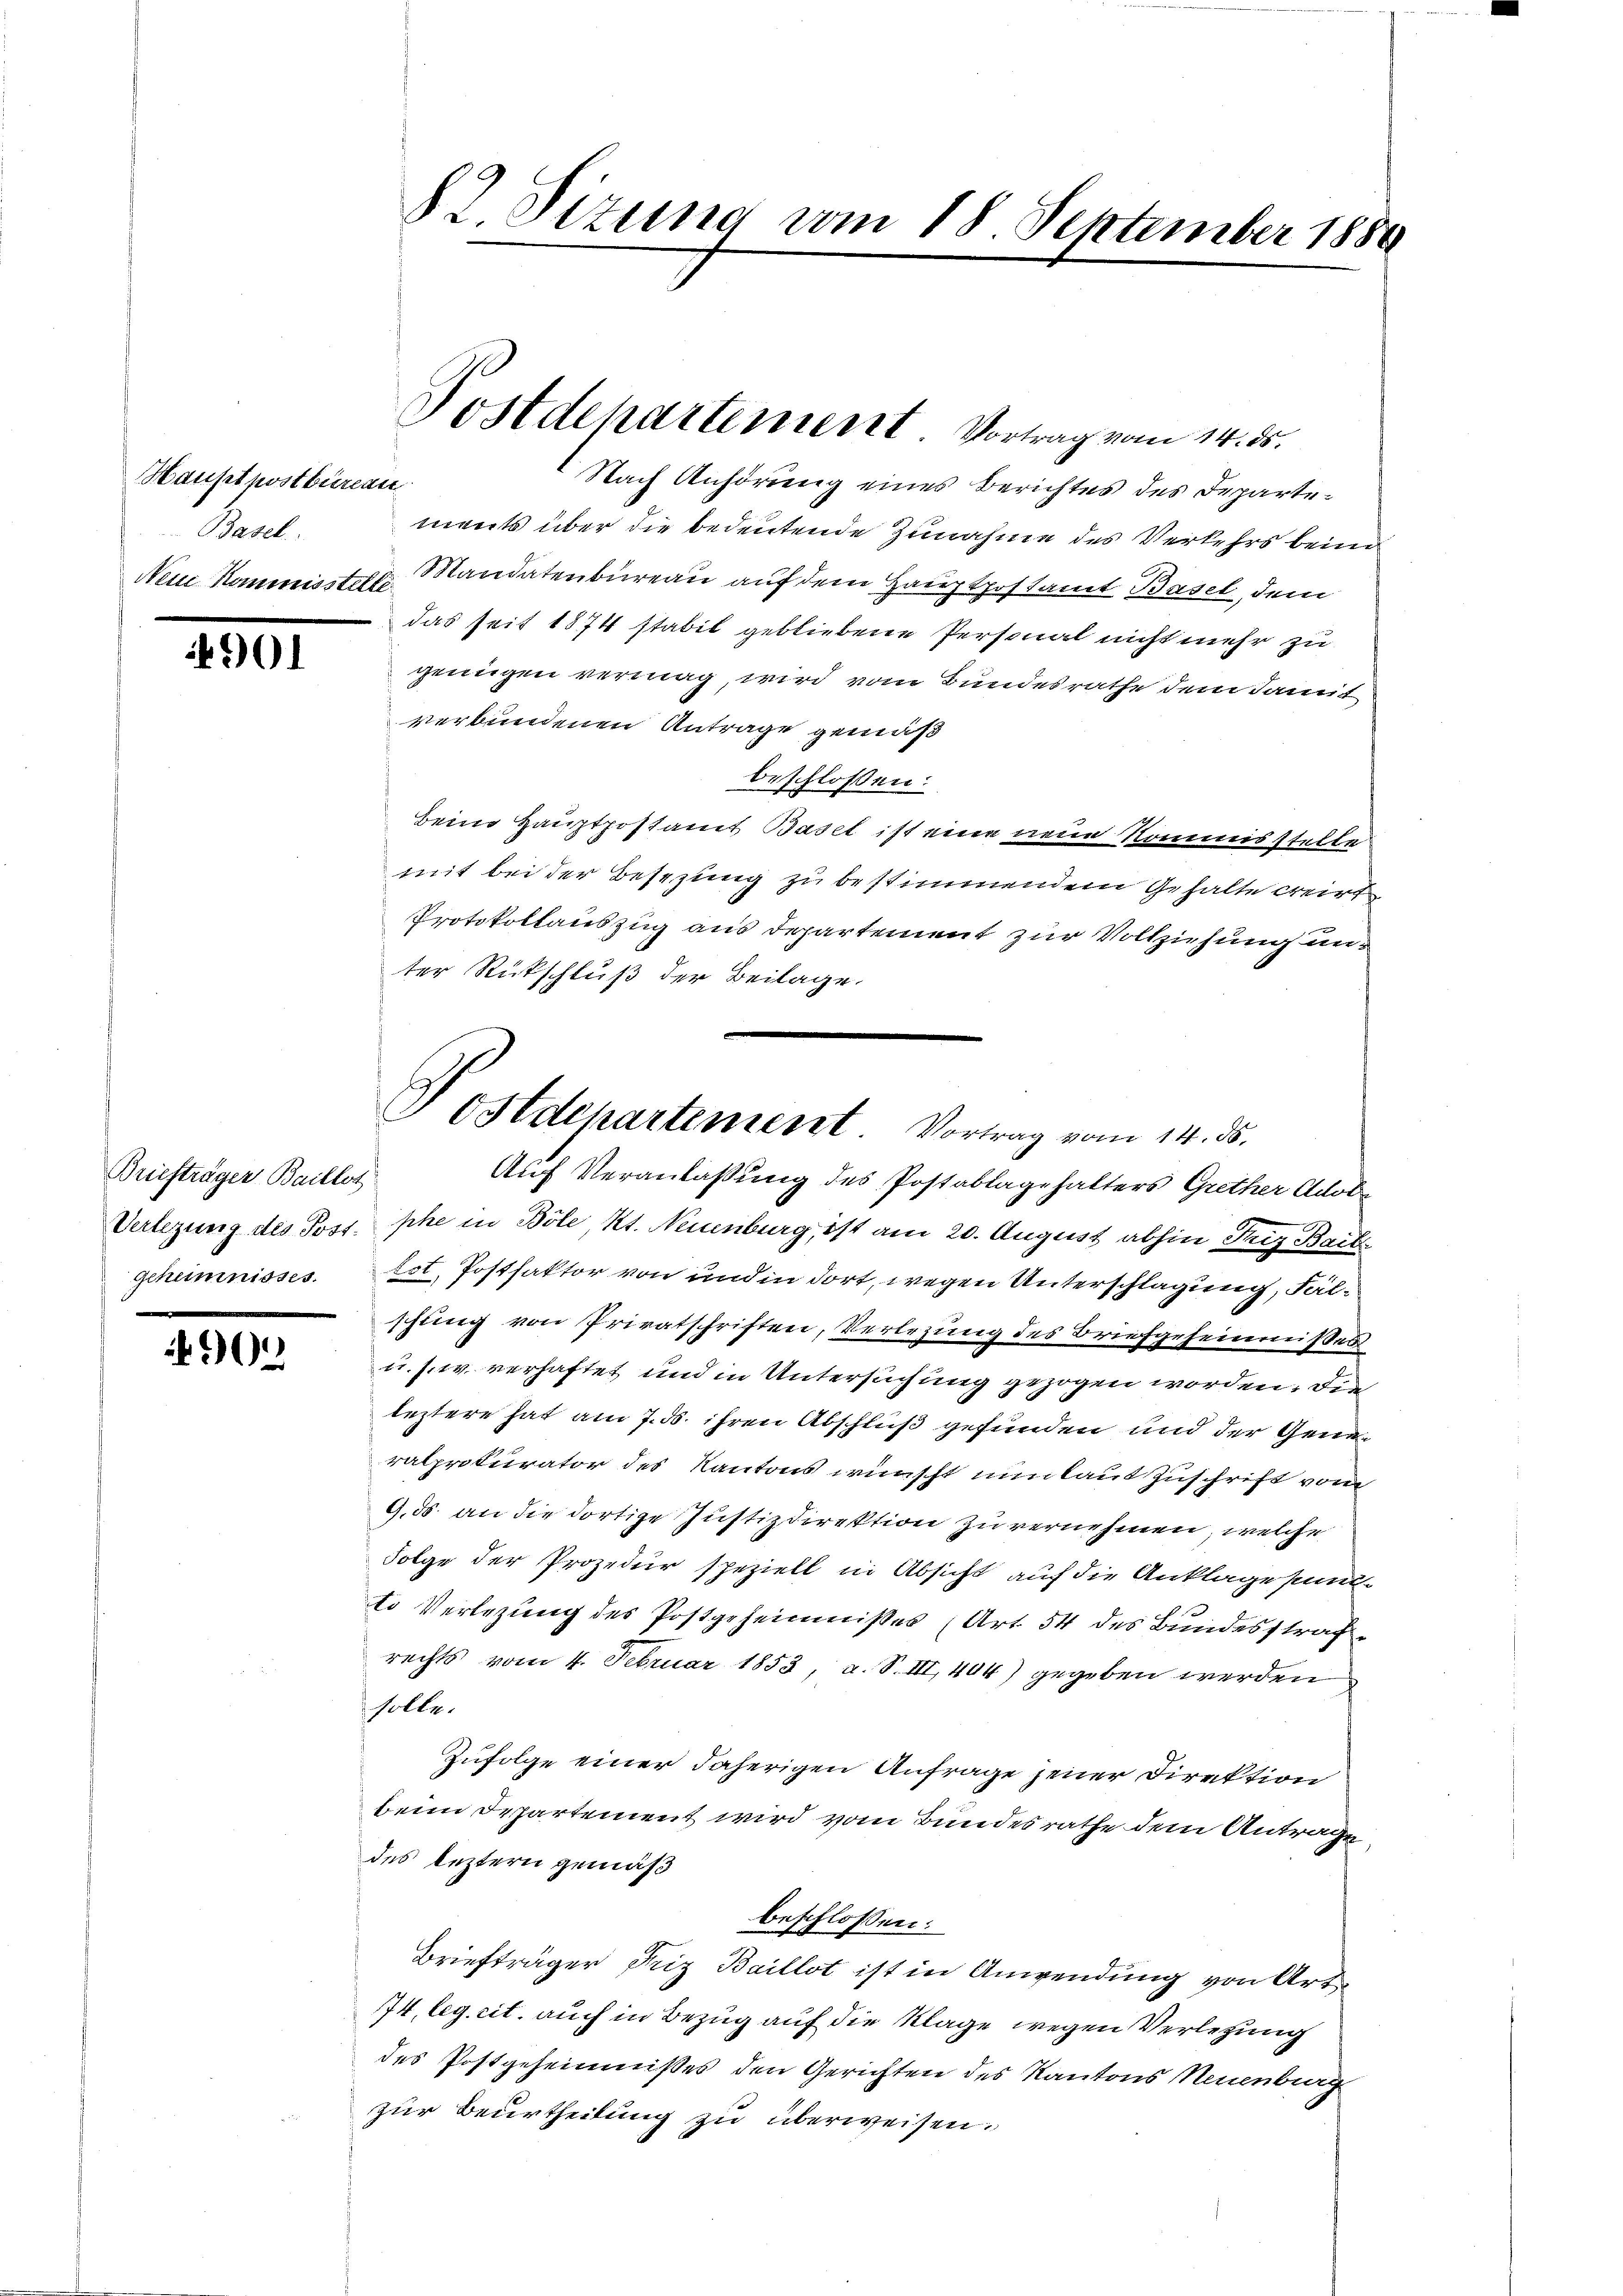
Hauptpostbüreau
Baul

901

Briefträger Baillot
geheimnisses.

904

§2. Sizung vom 18. September 1880

Nach Anhörung eines Berichtes des Departements über die bedeutende Zunahme des Verkehrs beim
Nein Kommisste Mandatenbureau auf dem Hauptpostamt Basel, dem
das seit 1874 stabit gebliebene Personal nicht mehr zu
genügen vermag, wird vom Bundesrathe dem damit
verbundenen Antrage gemäß
beschlossen:
Beim Hauptpostamt Basel ist eine neue Kommisstelle
mit bei der Besezung zu bestimmendem Gehalte creirt
Protokollauszug aus Departement zur Vollziehung unter Rückschluß der Beilage.
Auf Veranlaßung des Postablagehalters Grether Adol
Verlegung des Post phe in Böle, Kt. Neuenburg, ist am 20. August abhin Friz Bail
tot, Postfaktor von und in dort, wegen Unterschlagung, Fälschung von Privatschriften, Verlegung des Briefgeheimnisses
u. s. w. verhaftet und in Untersuchung gezogen worden, die
leztere hat am 7. ds. ihren Abschluß gefunden und der Generalprokurator des Kantons wünscht nun laut Zuschrift vom
9.ds. an die dortige Justizdirektion zu vernehmen, welche
Folge der Prozedur speziell in Absicht auf die Anklage kund-
to Verlegung des Postgeheimnißes (Art. 54 des Bundesstrafrechts vom 4. Februar 1853, a. S. III, 404) gegeben werden
solle.
Zufolge einer daherigen Anfrage jener Direktion
beim Departement wird vom Bundesrathe dem Antrage
des leztern gemäß
beschlossen:
Briefträger Friz Baillot ist in Anwendung von Art
74, leg. cit. auch in Bezug auf die Klage wegen Verlegung
des Postgeheimnisses den Gerichten des Kantons Neuenburg
zur Beurtheilung zu überweisen.

Postdepartement Vortrag vom 14. ds.

Postdepartement Vortrag vom 14. ds.